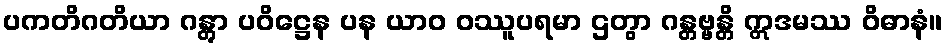
ပကတိဂတိယာ ဂန္တွာ ပဝိဋ္ဌေန ပန ယာဝ ဝဿူပရမာ ဌတွာ ဂန္တဗ္ဗန္တိ ဣဒမဿ ဝိဓာနံ။